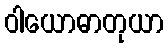
ဝါယောဓာတုယာ